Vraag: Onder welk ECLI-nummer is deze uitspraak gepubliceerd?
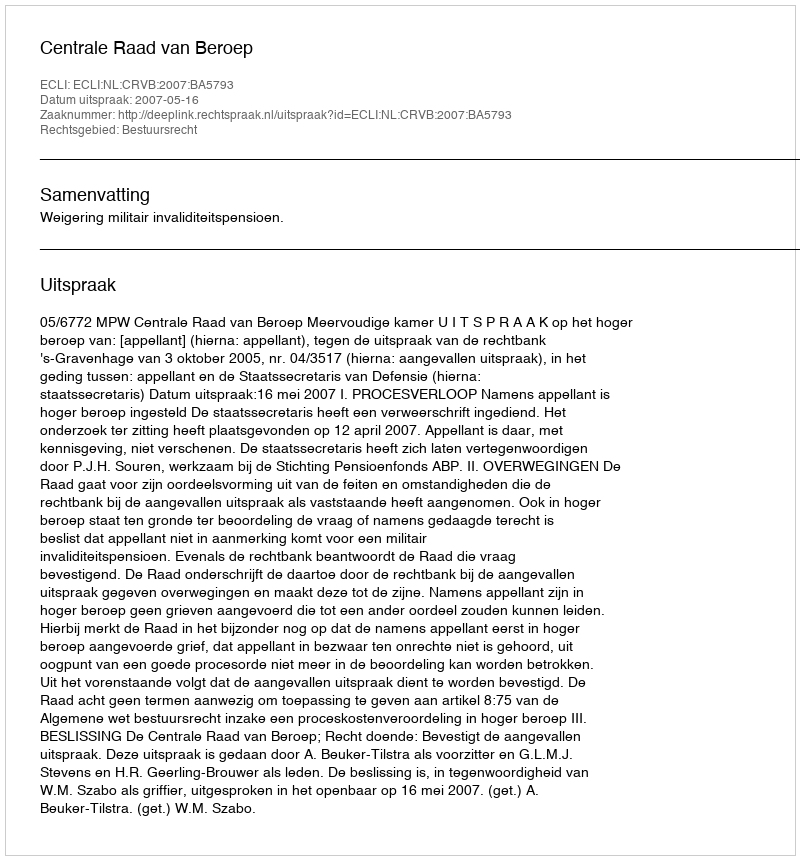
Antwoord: ECLI:NL:CRVB:2007:BA5793